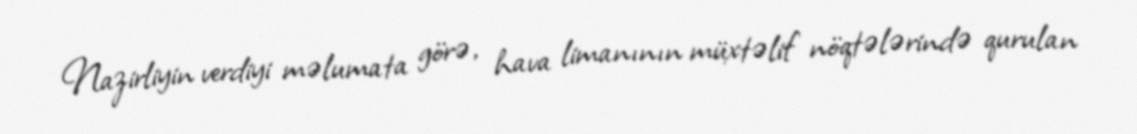
Nazirliyin verdiyi məlumata görə, hava limanının müxtəlif nöqtələrində qurulan